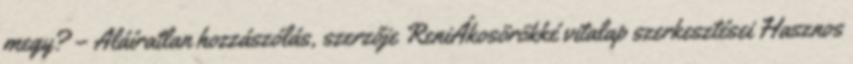
megy? – Aláíratlan hozzászólás, szerzője ReniÁkosörökké vitalap szerkesztései Hasznos